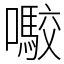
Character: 㘐